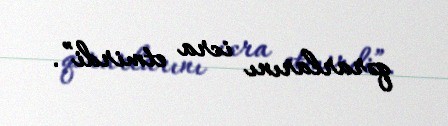
qərarlarını icra etmirdi”.